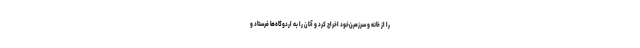
را از خانه و سرزمین‌خود اخراج کرد و آنان را به اردوگاه‌ها فرستاد و